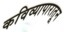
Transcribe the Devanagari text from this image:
कविव्यापारातून